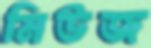
মিউজ